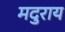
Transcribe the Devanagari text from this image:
मदुराय